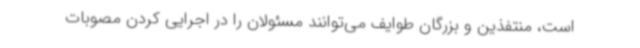
است، منتفذین و بزرگان طوایف می‌توانند مسئولان را در اجرایی کردن مصوبات